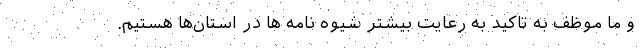
و ما موظف به تاکید به رعایت بیشتر شیوه نامه ‌ها در استان‌ها هستیم.